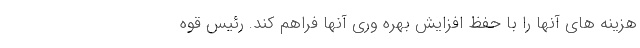
هزینه های آنها را با حفظ افزایش بهره وری آنها فراهم کند. رئیس قوه